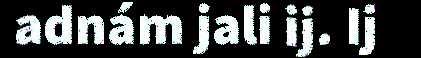
adnám jali ij. Ij